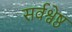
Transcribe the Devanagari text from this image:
सर्वश्वेष्ठ